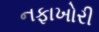
નફાખોરી